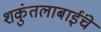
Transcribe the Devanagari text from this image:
शकुंतलाबाईंचे